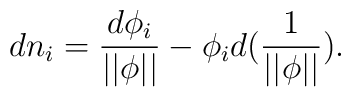
dn_i=\frac{d\phi _i}{||\phi ||}-\phi _id({\frac 1{||\phi ||}}).